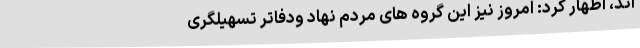
اند، اظهار کرد: امروز نیز این گروه های مردم نهاد ودفاتر تسهیلگری